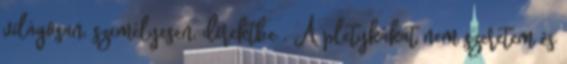
világosan, személyesen, direktbe . A pletykákat nem szeretem és